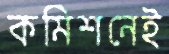
কমিশনেই